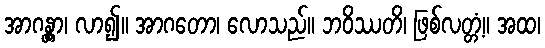
အာဂန္တွာ၊ လာ၍။ အာဂတော၊ လောသည်။ ဘဝိဿတိ၊ ဖြစ်လတ္တံ့။ အထ၊